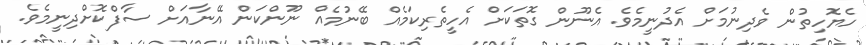
ހެޔޮހިތުން ވެދިނުމަށް އެދުނީމެވެ. އެނޫން ގޮތަކަށް އެހީތެރިކަމެއް ބޭނުމެއް ނޫންކަން އޭނާއަށް ސާފްކޮށްދިނީމެވެ.